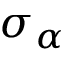
\sigma _ { \alpha }